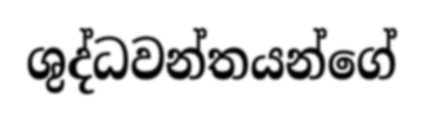
ශුද්ධවන්තයන්ගේ